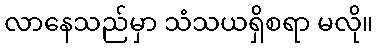
လာနေသည်မှာ သံသယရှိစရာ မလို။